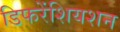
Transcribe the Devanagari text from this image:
डिफरेंशियशन